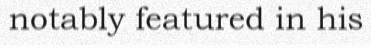
notably featured in his